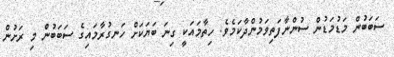
ސަބަބުން މަޑުމަޑުން ސުންނާފަތިވަމުންދާކަމެވެ. ހިތާމައަކީ ގިނަ ބަޔަކަށް ހަނގުރާމައިގެ ސަބަބުން މި ރަށުން